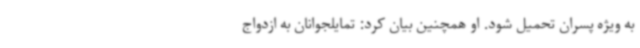
به ویژه پسران تحمیل شود. او همچنین بیان کرد: تمایلجوانان به ازدواج